画像に写った文字を読んでください
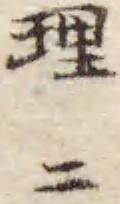
「理ニ」と書いてあります